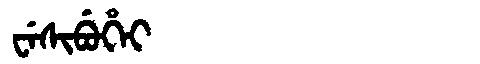
Manchu: ᠸᡝᠰᡳᠪᡠᡥᡝᡳ
Romanization: WESIBUHEI